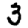
Digit: 3